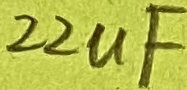
Text: 22uF